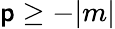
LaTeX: {\mathsf{p}}\geq-|m|